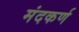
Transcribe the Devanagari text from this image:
मंदकर्ण